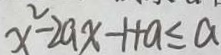
x ^ { 2 } - 2 a x - 1 + a \leq a